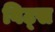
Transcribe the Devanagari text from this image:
विट्स